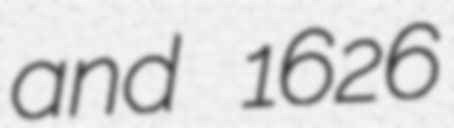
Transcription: and 1626